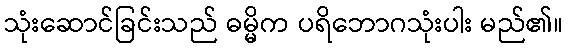
သုံးဆောင်ခြင်းသည် ဓမ္မိက ပရိဘောဂသုံးပါး မည်၏။